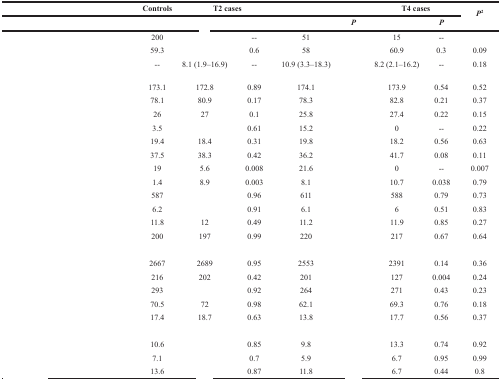
<table><thead><tr><td>[EMPTY_CELL]</td><td><b>Controls</b></td><td colspan="2"><b>T2 cases</b></td><td colspan="2">[EMPTY_CELL]</td><td colspan="2"><b>T4 cases</b></td><td rowspan="2"><b><i>P</i><sup>2</sup></b></td></tr><tr><td>[EMPTY_CELL]</td><td>[EMPTY_CELL]</td><td>[EMPTY_CELL]</td><td>[EMPTY_CELL]</td><td>[EMPTY_CELL]</td><td><b><i>P</i></b></td><td>[EMPTY_CELL]</td><td><b><i>P</i></b></td></tr></thead><tbody><tr><td>[EMPTY_CELL]</td><td>200</td><td>[EMPTY_CELL]</td><td>--</td><td>51</td><td>[EMPTY_CELL]</td><td>15</td><td>--</td><td>[EMPTY_CELL]</td></tr><tr><td>[EMPTY_CELL]</td><td>59.3</td><td>[EMPTY_CELL]</td><td>0.6</td><td>58</td><td>[EMPTY_CELL]</td><td>60.9</td><td>0.3</td><td>0.09</td></tr><tr><td>[EMPTY_CELL]</td><td>--</td><td>8.1 (1.9–16.9)</td><td>--</td><td>10.9 (3.3–18.3)</td><td>[EMPTY_CELL]</td><td>8.2 (2.1–16.2)</td><td>--</td><td>0.18</td></tr><tr><td>[EMPTY_CELL]</td><td>173.1</td><td>172.8</td><td>0.89</td><td>174.1</td><td>[EMPTY_CELL]</td><td>173.9</td><td>0.54</td><td>0.52</td></tr><tr><td>[EMPTY_CELL]</td><td>78.1</td><td>80.9</td><td>0.17</td><td>78.3</td><td>[EMPTY_CELL]</td><td>82.8</td><td>0.21</td><td>0.37</td></tr><tr><td>[EMPTY_CELL]</td><td>26</td><td>27</td><td>0.1</td><td>25.8</td><td>[EMPTY_CELL]</td><td>27.4</td><td>0.22</td><td>0.15</td></tr><tr><td>[EMPTY_CELL]</td><td>3.5</td><td>[EMPTY_CELL]</td><td>0.61</td><td>15.2</td><td>[EMPTY_CELL]</td><td>0</td><td>--</td><td>0.22</td></tr><tr><td>[EMPTY_CELL]</td><td>19.4</td><td>18.4</td><td>0.31</td><td>19.8</td><td>[EMPTY_CELL]</td><td>18.2</td><td>0.56</td><td>0.63</td></tr><tr><td>[EMPTY_CELL]</td><td>37.5</td><td>38.3</td><td>0.42</td><td>36.2</td><td>[EMPTY_CELL]</td><td>41.7</td><td>0.08</td><td>0.11</td></tr><tr><td>[EMPTY_CELL]</td><td>19</td><td>5.6</td><td>0.008</td><td>21.6</td><td>[EMPTY_CELL]</td><td>0</td><td>--</td><td>0.007</td></tr><tr><td>[EMPTY_CELL]</td><td>1.4</td><td>8.9</td><td>0.003</td><td>8.1</td><td>[EMPTY_CELL]</td><td>10.7</td><td>0.038</td><td>0.79</td></tr><tr><td>[EMPTY_CELL]</td><td>587</td><td>[EMPTY_CELL]</td><td>0.96</td><td>611</td><td>[EMPTY_CELL]</td><td>588</td><td>0.79</td><td>0.73</td></tr><tr><td>[EMPTY_CELL]</td><td>6.2</td><td>[EMPTY_CELL]</td><td>0.91</td><td>6.1</td><td>[EMPTY_CELL]</td><td>6</td><td>0.51</td><td>0.83</td></tr><tr><td>[EMPTY_CELL]</td><td>11.8</td><td>12</td><td>0.49</td><td>11.2</td><td>[EMPTY_CELL]</td><td>11.9</td><td>0.85</td><td>0.27</td></tr><tr><td>[EMPTY_CELL]</td><td>200</td><td>197</td><td>0.99</td><td>220</td><td>[EMPTY_CELL]</td><td>217</td><td>0.67</td><td>0.64</td></tr><tr><td colspan="9">[EMPTY_CELL]</td></tr><tr><td>[EMPTY_CELL]</td><td>2667</td><td>2689</td><td>0.95</td><td>2553</td><td>[EMPTY_CELL]</td><td>2391</td><td>0.14</td><td>0.36</td></tr><tr><td>[EMPTY_CELL]</td><td>216</td><td>202</td><td>0.42</td><td>201</td><td>[EMPTY_CELL]</td><td>127</td><td>0.004</td><td>0.24</td></tr><tr><td>[EMPTY_CELL]</td><td>293</td><td>[EMPTY_CELL]</td><td>0.92</td><td>264</td><td>[EMPTY_CELL]</td><td>271</td><td>0.43</td><td>0.23</td></tr><tr><td>[EMPTY_CELL]</td><td>70.5</td><td>72</td><td>0.98</td><td>62.1</td><td>[EMPTY_CELL]</td><td>69.3</td><td>0.76</td><td>0.18</td></tr><tr><td>[EMPTY_CELL]</td><td>17.4</td><td>18.7</td><td>0.63</td><td>13.8</td><td>[EMPTY_CELL]</td><td>17.7</td><td>0.56</td><td>0.37</td></tr><tr><td colspan="9">[EMPTY_CELL]</td></tr><tr><td>[EMPTY_CELL]</td><td>10.6</td><td>[EMPTY_CELL]</td><td>0.85</td><td>9.8</td><td>[EMPTY_CELL]</td><td>13.3</td><td>0.74</td><td>0.92</td></tr><tr><td>[EMPTY_CELL]</td><td>7.1</td><td>[EMPTY_CELL]</td><td>0.7</td><td>5.9</td><td>[EMPTY_CELL]</td><td>6.7</td><td>0.95</td><td>0.99</td></tr><tr><td>[EMPTY_CELL]</td><td>13.6</td><td>[EMPTY_CELL]</td><td>0.87</td><td>11.8</td><td>[EMPTY_CELL]</td><td>6.7</td><td>0.44</td><td>0.8</td></tr></tbody></table>